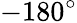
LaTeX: -180^{\circ}